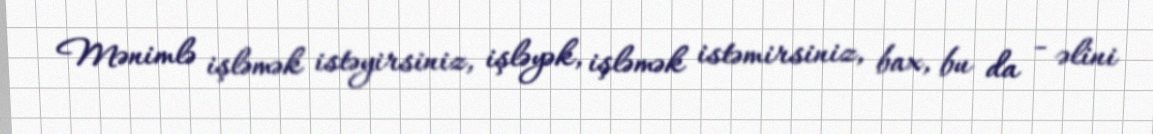
Mənimlə işləmək istəyirsiniz, işləyək, işləmək istəmirsiniz, bax, bu da - əlini